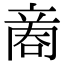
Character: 𠹧